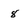
Character: 8